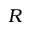
R